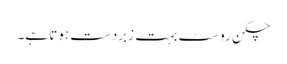
چکن روسٹ بہت زبردست ہوتا ہے۔